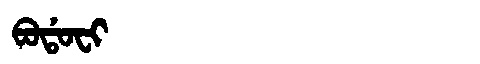
Manchu: ᠪᠣᡩᠣᠸᡳ
Romanization: BODOFI